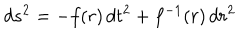
LaTeX: d s ^ { 2 } = - f ( r ) \, d t ^ { 2 } + f ^ { - 1 } ( r ) \, d r ^ { 2 }